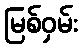
မြစ်ဝှမ်း